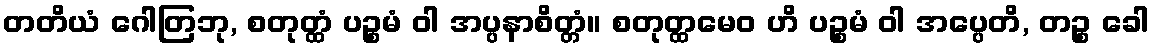
တတိယံ ဂေါတြဘု, စတုတ္ထံ ပဉ္စမံ ဝါ အပ္ပနာစိတ္တံ။ စတုတ္ထမေဝ ဟိ ပဉ္စမံ ဝါ အပ္ပေတိ, တဉ္စ ခေါ